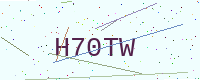
Text: H70TW